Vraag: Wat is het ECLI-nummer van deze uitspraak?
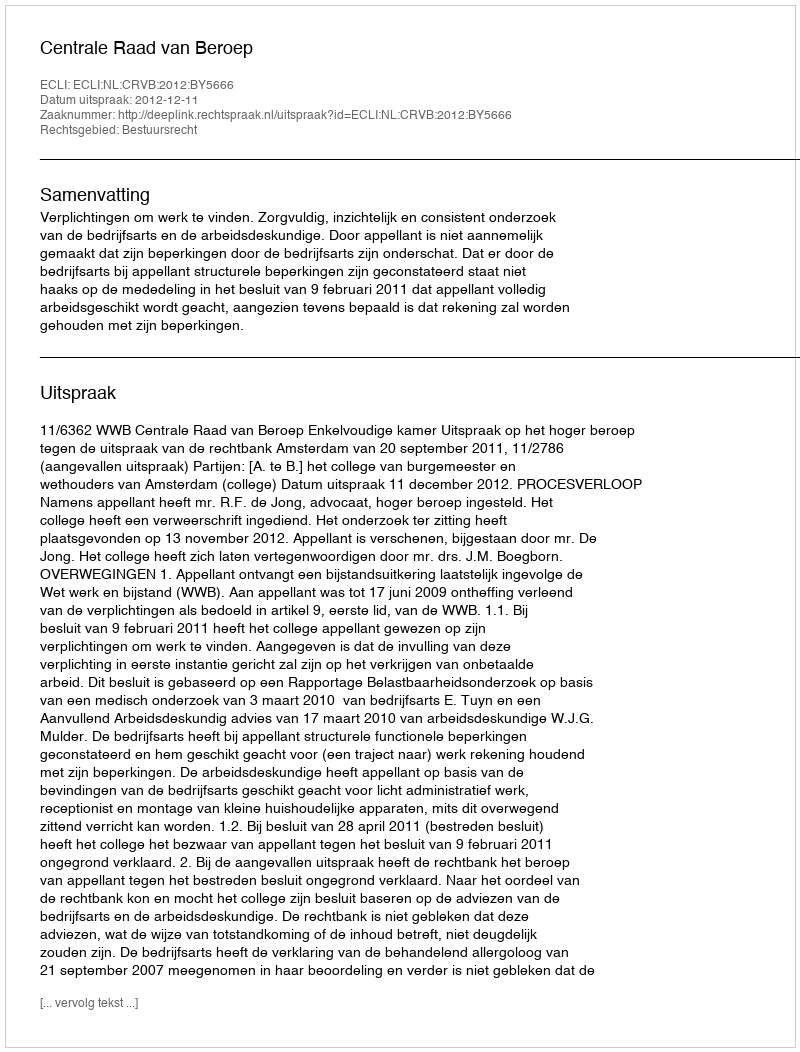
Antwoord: ECLI:NL:CRVB:2012:BY5666